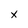
Character: x